Report on vaccination in the Province of Bengal - 1869-1873
Year: 1869
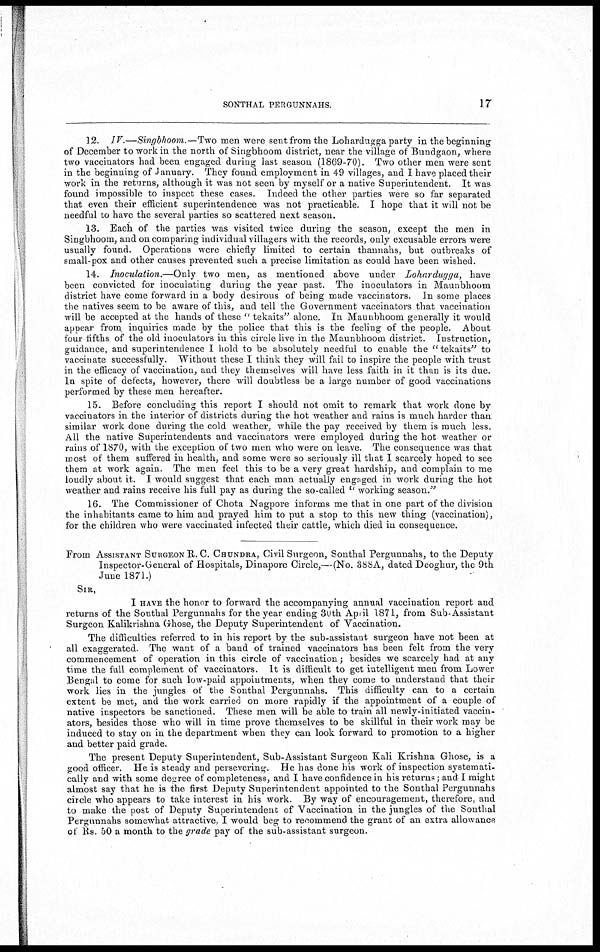
SONTHAL PERGUNNAHS.
17
12. IV.—Singbhoom.—Two men were sent from the Lohardugga party in the beginning
of December to work in the north of Singbhoom district, near the village of Bundgaon, where
two vaccinators had been engaged during last season (1869-70). Two other men were sent
in the beginning of January. They found employment in 49 villages, and I have placed their
work in the returns, although it was not seen by myself or a native Superintendent. It was
found impossible to inspect these cases. Indeed the other parties were so far separated
that even their efficient superintendence was not practicable. I hope that it will not be
needful to have the several parties so scattered next season.
13. Each of the parties was visited twice during the season, except the men in
Singbhoom, and on comparing individual villagers with the records, only excusable errors were
usually found. Operations were chiefly limited to certain thannahs, but outbreaks of
small-pox and other causes prevented such a precise limitation as could have been wished.
14. Inoculation.—Only two men, as mentioned above under Lohardugga, have
been convicted for inoculating during the year past. The inoculators in Maunbhoom
district have come forward in a body desirous of being made vaccinators. In some places
the natives seem to be aware of this, and tell the Government vaccinators that vaccination
will be accepted at the hands of these " tekaits" alone. In Maunbhoom generally it would
appear from inquiries made by the police that this is the feeling of the people. About
four fifths of the old inoculators in this circle live in the Maunbhoom district. Instruction,
guidance, and superintendence I hold to be absolutely needful to enable the "tekaits" to
vaccinate successfully. Without these I think they will fail to inspire the people with trust
in the efficacy of vaccination, and they themselves will have less faith in it than is its due.
In spite of defects, however, there will doubtless be a large number of good vaccinations
performed by these men hereafter.
15. Before concluding this report I should not omit to remark that work done by
vaccinators in the interior of districts during the hot weather and rains is much harder than
similar work done during the cold weather, while the pay received by them is much less.
All the native Superintendents and vaccinators were employed during the hot weather or
rains of 1870, with the exception of two men who were on leave. The consequence was that
most of them suffered in health, and some were so seriously ill that I scarcely hoped to see
them at work again. The men feel this to be a very great hardship, and complain to me
loudly about it. I would suggest that each man actually engaged in work during the hot
weather and rains receive his full pay as during the so-called " working season."
16. The Commissioner of Chota Nagpore informs me that in one part of the division
the inhabitants came to him and prayed him to put a stop to this new thing (vaccination),
for the children who were vaccinated infected their cattle, which died in consequence.
From ASSISTANT SURGEON R. C. CHUNDRA, Civil Surgeon, Sonthal Pergunnahs, to the Deputy
Inspector-General of Hospitals, Dinapore Circle,—(No. 388A, dated Deoghur, the 9th
June 1871.)
SIR,
I HAVE the honor to forward the accompanying annual vaccination report and
returns of the Sonthal Pergunnahs for the year ending 30th April 1871, from Sub-Assistant
Surgeon Kalikrishna Ghose, the Deputy Superintendent of Vaccination.
The difficulties referred to in his report by the sub-assistant surgeon have not been at
all exaggerated. The want of a band of trained vaccinators has been felt from the very
commencement of operation in this circle of vaccination; besides we scarcely had at any
time the full complement of vaccinators. It is difficult to get intelligent men from Lower
Bengal to come for such low-paid appointments, when they come to understand that their
work lies in the jungles of the Sonthal Pergunnahs. This difficulty can to a certain
extent be met, and the work carried on more rapidly if the appointment of a couple of
native inspectors be sanctioned. These men will be able to train all newly-initiated vaccin-
ators, besides those who will in time prove themselves to be skillful in their work may be
induced to stay on in the department when they can look forward to promotion to a higher
and better paid grade.
The present Deputy Superintendent, Sub-Assistant Surgeon Kali Krishna Ghose, is a
good officer. He is steady and persevering. He has done his work of inspection systemati-
cally and with some degree of completeness, and I have confidence in his returns; and I might
almost say that he is the first Deputy Superintendent appointed to the Sonthal Pergunnahs
circle who appears to take interest in his work. By way of encouragement, therefore, and
to make the post of Deputy Superintendent of Vaccination in the jungles of the Sonthal
Pergunnahs somewhat attractive. I would beg to recommend the grant of an extra allowance
of Rs. 50 a month to the grade pay of the sub-assistant surgeon.